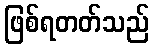
ဖြစ်ရတတ်သည်